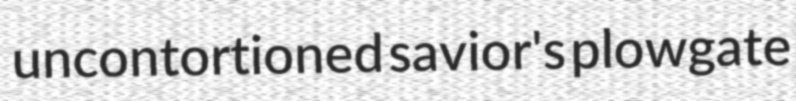
uncontortioned savior's plowgate